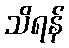
သိရန်